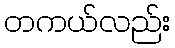
တကယ်လည်း